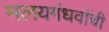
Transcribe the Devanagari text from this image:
मलयगंधर्वाची